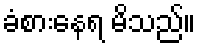
ခံစားနေရ မိသည်။